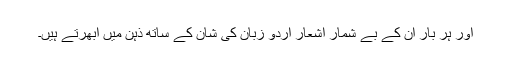
اور ہر بار ان کے بے شمار اشعار اردو زبان کی شان کے ساتھ ذہن میں ابھرتے ہیں۔